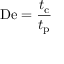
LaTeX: \mathrm { D e } = { \frac { t _ { \mathrm { c } } } { t _ { \mathrm { p } } } }